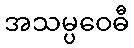
အသမ္ပဝေဓီ